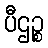
ပီဌဉ္စ